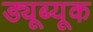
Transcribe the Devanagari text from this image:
ड्यूब्यूक